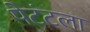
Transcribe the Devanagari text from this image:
पेटंटला